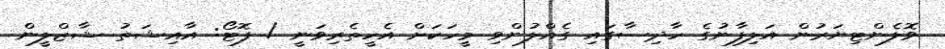
ވޮލެންޓިޔަރުން އަލިފާނުގެ ހާދިސާގައި ގެއްލުންވި މީހަކަށް އެހީތެރިވަނީ / ފޮޓޯ: އާއިޝަތު ޝާޒްލީން